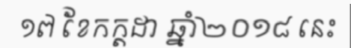
១៧ ខែកក្តដា ឆ្នាំ២០១៨ នេះ